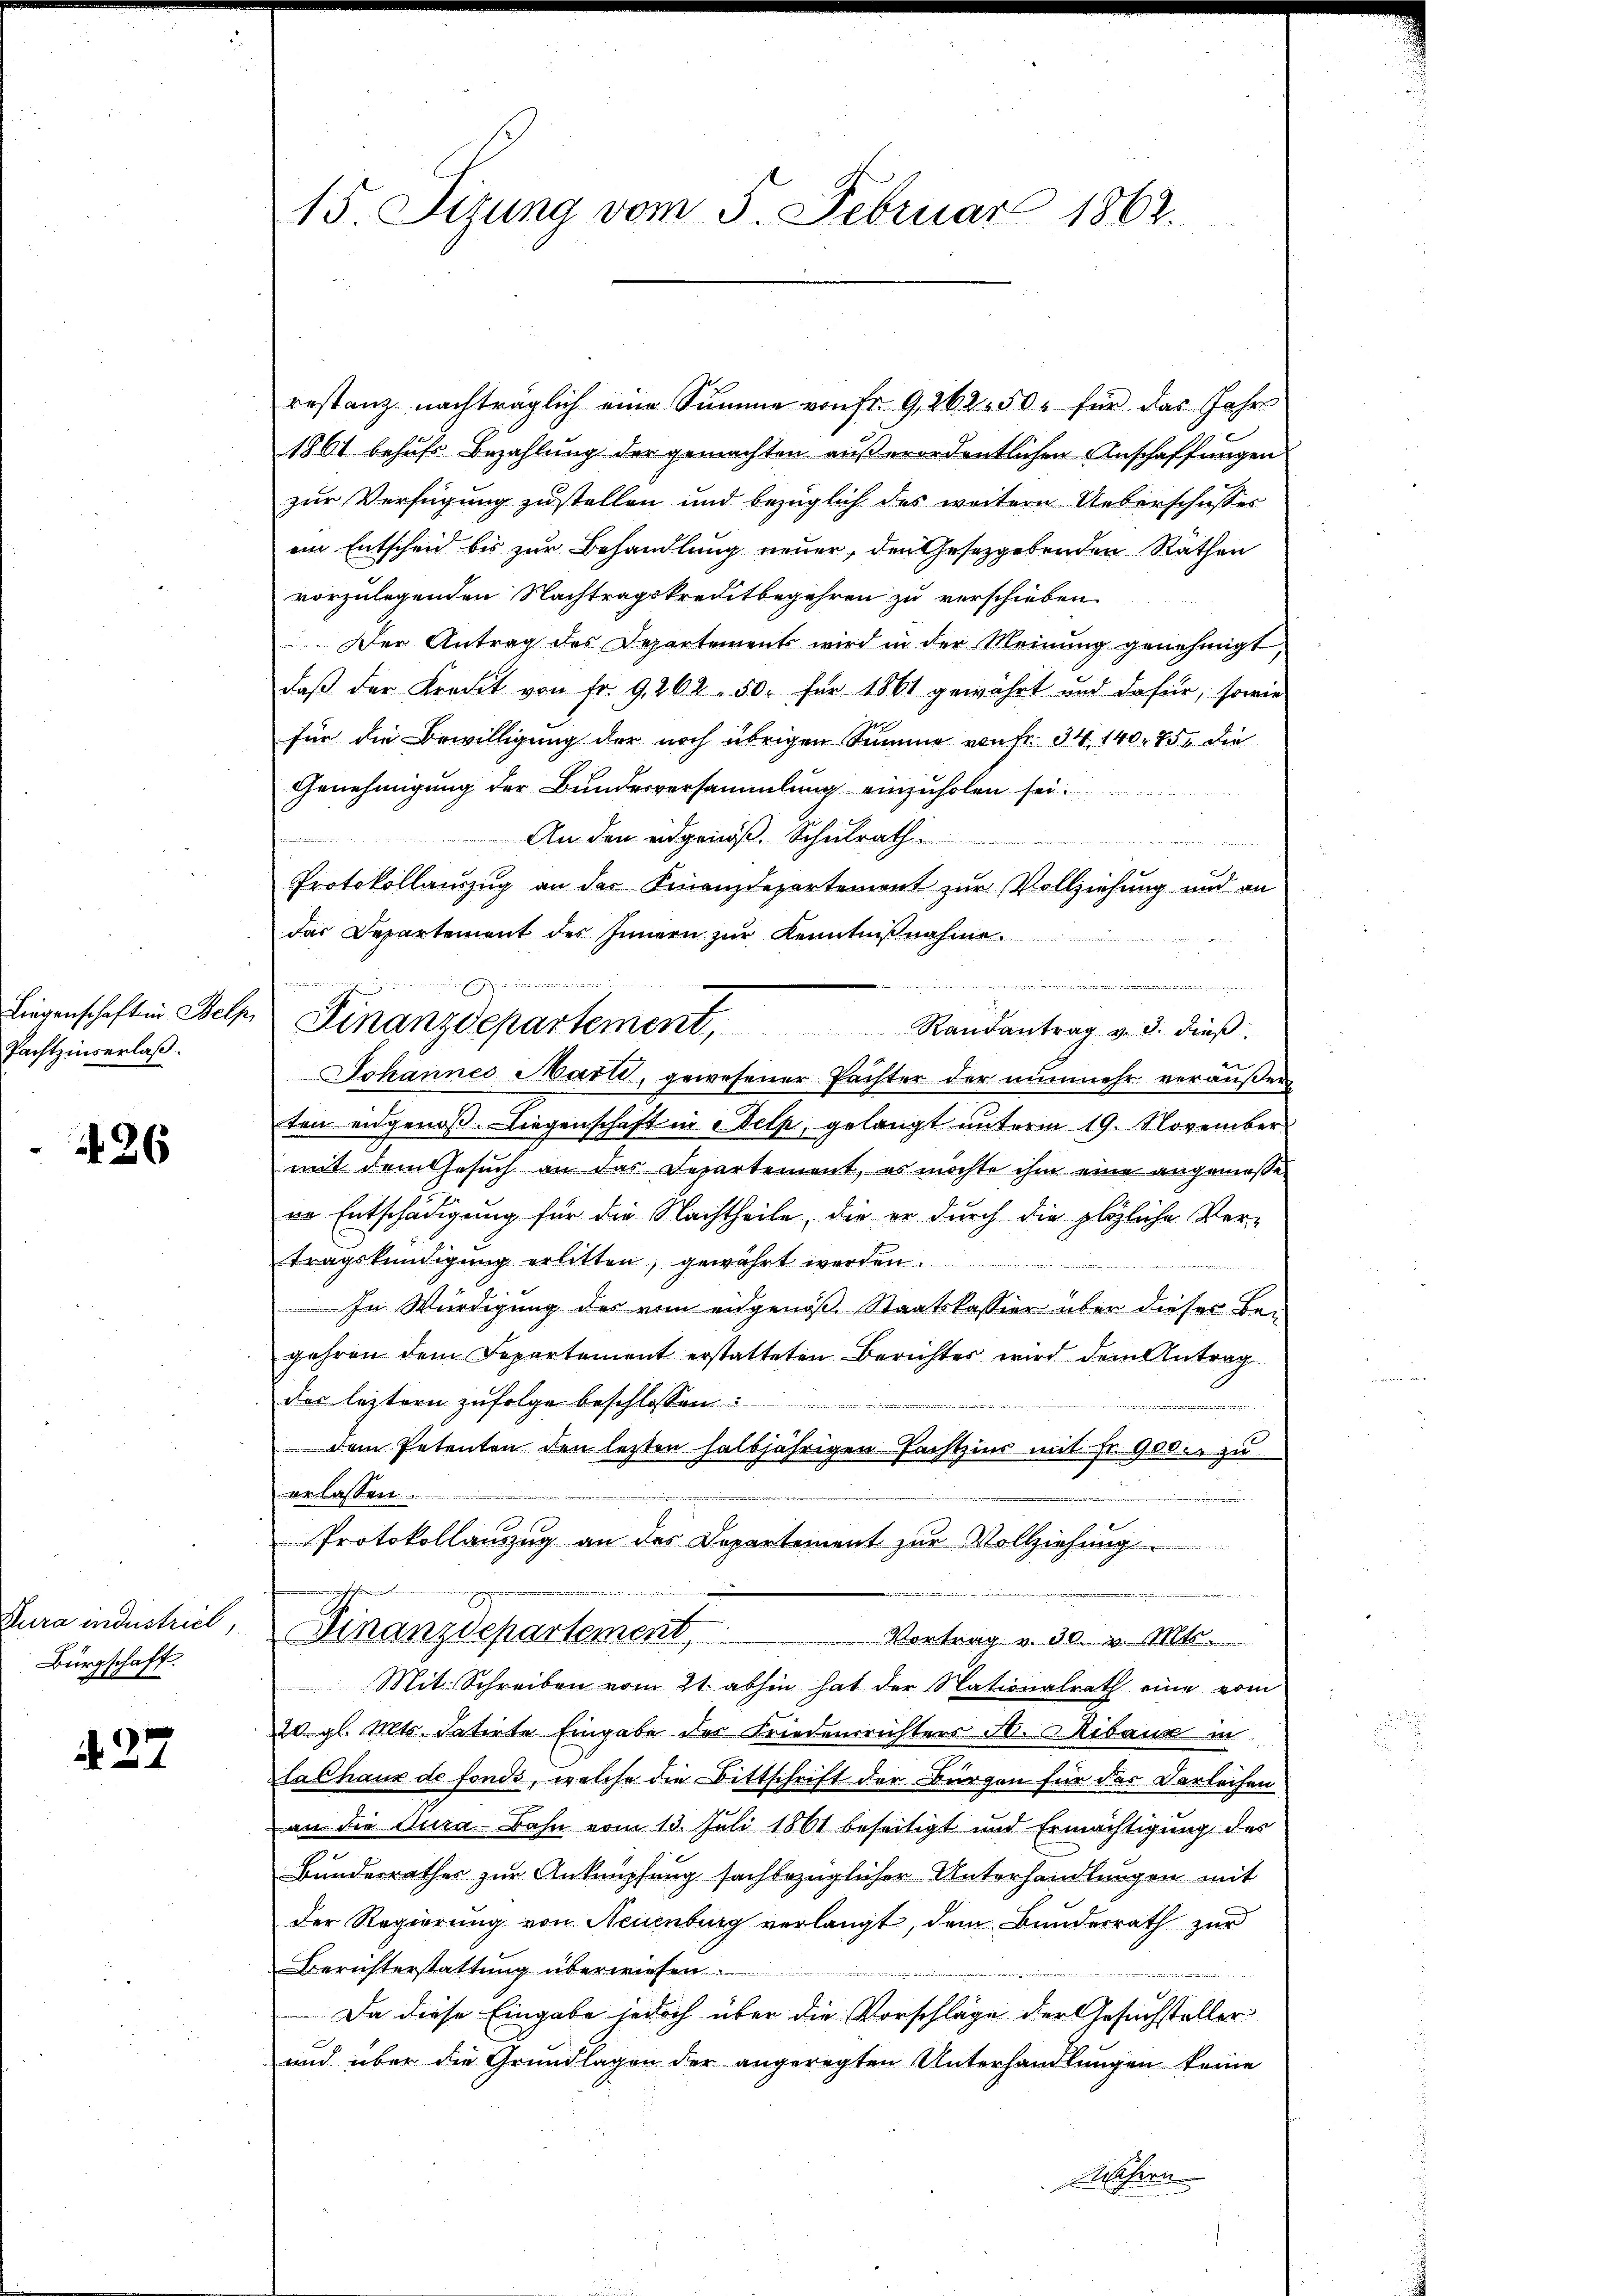
Pachtzinserlaß.

426

Bürgschaft.

427

1861 behufs Bezahlung der gemachten außerordentlichen Anschaffungen
zur Verfügung zustellen und bezüglich des weitern Ueberschusses
ein Entscheid bis zur Behandlung neuer, den Gesetzgebenden Räthen
vorzulegenden Nachtragskreditbegehren zu verschieben
Der Antrag des Departements wird in der Meinung genehmigt,
daß der Kredit von Fr. 9, 262. 50. für 1861 gewährt und dafür, sowie
für die Bewilligung der noch übrigen Summe von Fr. 34, 140. 75 die
Genehmigung der Bundesversammlung einzuholen sei.
An den eidgenöß, Schulrath

Protokollanzug an der Finanzdepartement zur Vollziehung und an
das Departement des Innern zur Kenntnißnahme
dans
u
Johannes Marti, gewesener Tachter der nunmehr veräußer
ten eidgenoss. Liegenschaft in Melp, gelangt unterm 19. November
mit dem Gesuch an das Lepartement, es möchte ihm eine angemeßene Entschädigung für die Nachtheile, die er durch die plötzliche Ver-
tragskündigung erlitten, gewährt werden.
e
In Würdigung des vom eidgenoße Staatskassier über dieser Begehren dem Separtement erstatteten Berichtes wird dem Antrag
des leztern zufolge beschlossen
dem Petenten den lezten halbjährigen Pachtzins mit Fr. 900. zu

erlassen.
Protokollauszug an des Departement zur Vollziehung
.
Jura industrieb, Finanzdepartement
 Vortrag v. 30. v. Mt
Mit Schreiben vom 21. abhin hat der Nationalrath eine vom
20. gl. Mts. datirte Eingabe des Friedensrichters A. Ribaux in
Calhaus de fonds, welche die Bittschrift der Bürgen für der Darleihen
an die dura Bahn vom 13. Juli 1861 beseitigt und Ermächtigung des
Bundesrathes zur Anknüpfung sachbezüglicher Unterhandlungen mit
der Regierung von Neuenburg verlangt, dem Bundesrath zur
Berichterstattung überwiesen.

Da diese Eingabe jedoch über die Vorschläge der Gesuchsteller
und über die Grundlagen der angeregten Unterhandlungen keine
Melchern

15. Sizung vom 5. Februar 1862.

Liegenschaft in Bele Finanzdepartement, Randantrag v. 3. dieβ:

restanz nachträglich eine Summe von Fr. 9, 262. 50. für das Jahre